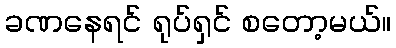
ခဏနေရင် ရုပ်ရှင် စတော့မယ်။